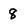
Character: 8